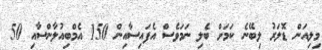
މިލިއަން ޑޮލަރު ލިބޭނެ ކަމަށް ބެލި ނަމަވެސް އެފައިސާއިން 150 އެމްބިއުލާންސާއި 50